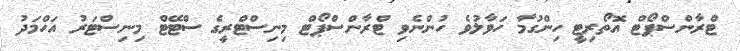
ޓްރާންސްޕޯޓް އޮތޯރިޓީ ހިންގުމާ ހަވާލުވެ ހުންނެވި ޓްރާންސްޕޯޓް މިނިސްޓްރީގެ ސްޓޭޓް މިނިސްޓަރު އަހްމަދު